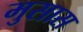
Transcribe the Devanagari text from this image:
मुसास